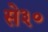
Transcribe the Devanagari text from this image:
से३०